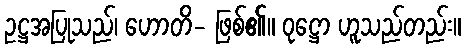
ဥဋ္ဌအပြုသည်၊ ဟောတိ- ဖြစ်၏။ ဝုဋ္ဌော ဟူသည်တည်း။